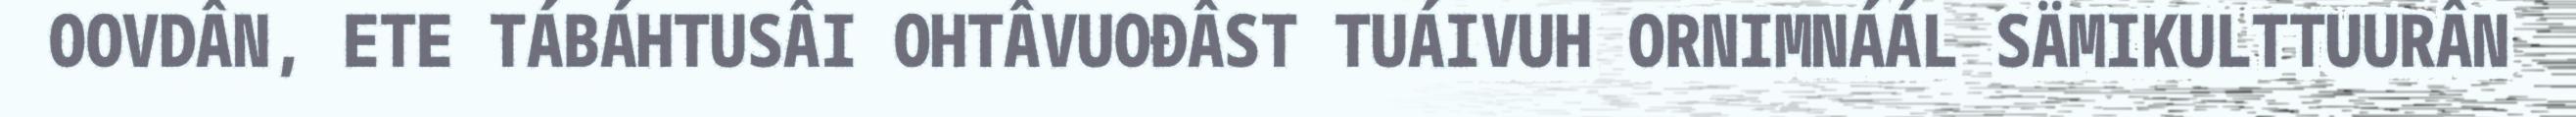
OOVDÂN, ETE TÁBÁHTUSÂI OHTÂVUOĐÂST TUÁIVUH ORNIMNÁÁL SÄMIKULTTUURÂN